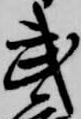
武